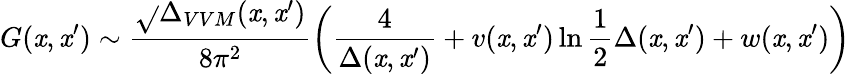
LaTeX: G(\mathit{x},\mathit{x}^{\prime})\sim\frac{{\sqrt{}{{\Delta_{VVM}(\mathit{x},\mathit{x}^{\prime})}}}}{{8\pi^{2}}}\left(\frac{{4}}{{\Delta(\mathit{x},\mathit{x}^{\prime})}}+v(\mathit{x},\mathit{x}^{\prime})\ln\frac{{1}}{{2}}\Delta(\mathit{x},\mathit{x}^{\prime})+w(\mathit{x},\mathit{x}^{\prime})\right)